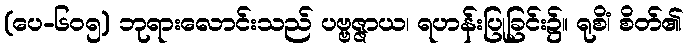
(ပေ-၆၀၅) ဘုရားလောင်းသည် ပဗ္ဗဇ္ဇာယ၊ ရဟန်းပြုခြင်း၌။ ရုစိံ၊ စိတ်၏